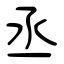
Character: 丞